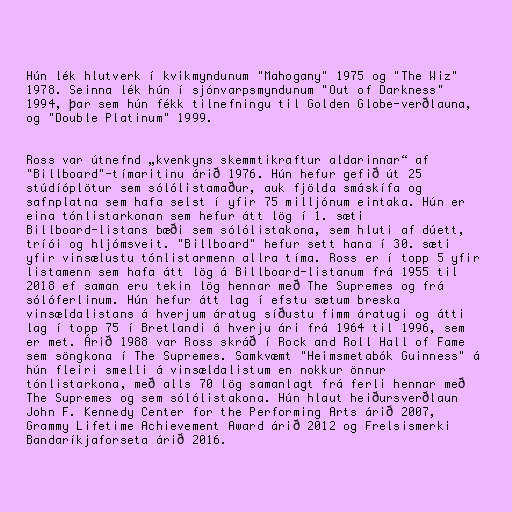
Hún lék hlutverk í kvikmyndunum "Mahogany" 1975 og "The Wiz"
1978. Seinna lék hún í sjónvarpsmyndunum "Out of Darkness"
1994, þar sem hún fékk tilnefningu til Golden Globe-verðlauna,
og "Double Platinum" 1999.

Ross var útnefnd „kvenkyns skemmtikraftur aldarinnar“ af
"Billboard"-tímaritinu árið 1976. Hún hefur gefið út 25
stúdíóplötur sem sólólistamaður, auk fjölda smáskífa og
safnplatna sem hafa selst í yfir 75 milljónum eintaka. Hún er
eina tónlistarkonan sem hefur átt lög í 1. sæti
Billboard-listans bæði sem sólólistakona, sem hluti af dúett,
tríói og hljómsveit. "Billboard" hefur sett hana í 30. sæti
yfir vinsælustu tónlistarmenn allra tíma. Ross er í topp 5 yfir
listamenn sem hafa átt lög á Billboard-listanum frá 1955 til
2018 ef saman eru tekin lög hennar með The Supremes og frá
sólóferlinum. Hún hefur átt lag í efstu sætum breska
vinsældalistans á hverjum áratug síðustu fimm áratugi og átti
lag í topp 75 í Bretlandi á hverju ári frá 1964 til 1996, sem
er met. Árið 1988 var Ross skráð í Rock and Roll Hall of Fame
sem söngkona í The Supremes. Samkvæmt "Heimsmetabók Guinness" á
hún fleiri smelli á vinsældalistum en nokkur önnur
tónlistarkona, með alls 70 lög samanlagt frá ferli hennar með
The Supremes og sem sólólistakona. Hún hlaut heiðursverðlaun
John F. Kennedy Center for the Performing Arts árið 2007,
Grammy Lifetime Achievement Award árið 2012 og Frelsismerki
Bandaríkjaforseta árið 2016.